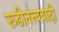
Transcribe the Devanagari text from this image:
रूढीतत्त्ववादी